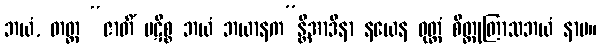
ဘယံ, တတ္ထ “ဇာတိံ ပဋိစ္စ ဘယံ ဘယာနက”န္တိအာဒိနာ နယေန ဝုတ္တံ စိတ္တုတြာသဘယံ နာမ။